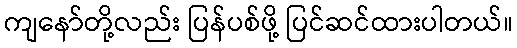
ကျနော်တို့လည်း ပြန်ပစ်ဖို့ ပြင်ဆင်ထားပါတယ်။